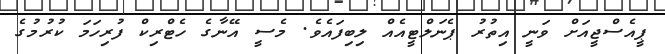
ޕީއެސްޖީއަށް ވަނީ އިތުރު ޕެނަލްޓީއެއް ލިބިފައެވެ. މެސީ އޭނާގެ ހެޓްރިކް ފުރިހަމަ ކުރުމުގެ